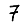
Digit: 7